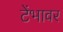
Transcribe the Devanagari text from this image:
टेंभावर